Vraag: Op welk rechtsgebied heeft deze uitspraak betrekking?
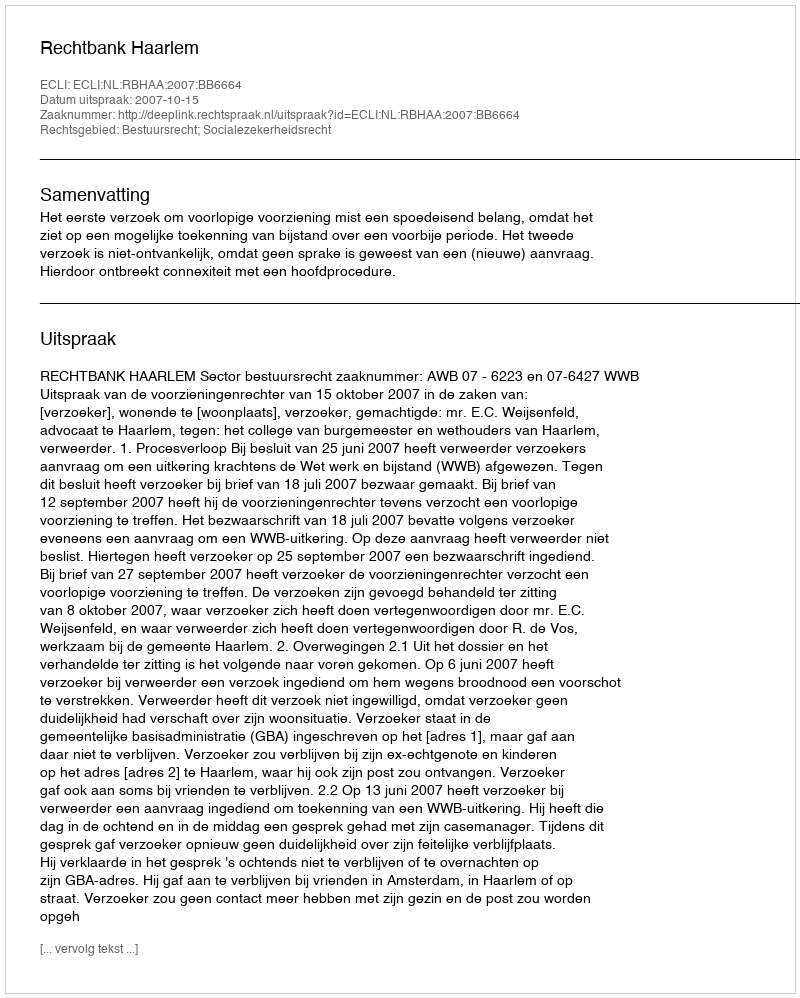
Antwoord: Bestuursrecht; Socialezekerheidsrecht